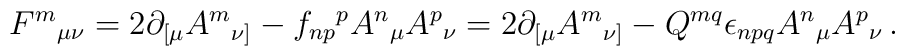
F^{m}{}_{\mu\nu} = 2\partial_{[\mu}A^{m}{}_{\nu]} -f_{np}{}^{p}A^{n}{}_{\mu}A^{p}{}_{\nu}= 2\partial_{[\mu}A^{m}{}_{\nu]} -Q^{mq}\epsilon_{npq}A^{n}{}_{\mu}A^{p}{}_{\nu}\, .